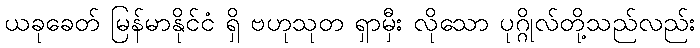
ယခုခေတ် မြန်မာနိုင်ငံ ရှိ ဗဟုသုတ ရှာမှီး လိုသော ပုဂ္ဂိုလ်တို့သည်လည်း